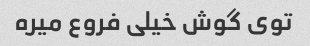
توی گوش خیلی فروع میره